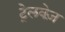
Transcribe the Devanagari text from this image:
ट्रेलवेज़